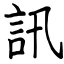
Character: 訊